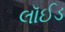
લૉઈડ